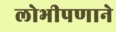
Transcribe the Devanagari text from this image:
लोभीपणाने